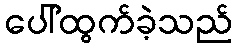
ပေါ်ထွက်ခဲ့သည်